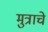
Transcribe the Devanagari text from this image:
मुत्राचे